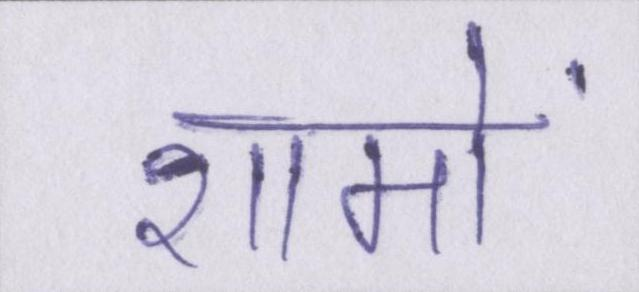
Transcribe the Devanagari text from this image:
शामों